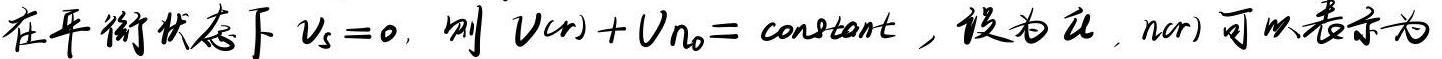
在平衡状态下 $v_s = 0$, 则 $v(r)+v_{n_0}=\mathrm{constant}$, 设为 $u$, $n(r)$ 可以表示为